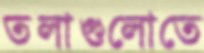
তলাগুলোতে